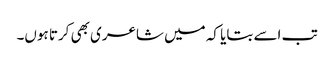
تب اسے بتایا کہ میں شاعری بھی کرتا ہوں۔